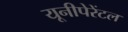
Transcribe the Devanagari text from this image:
यूनीपेरेंटल